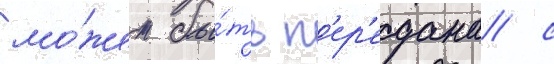
мо́жет бы́ть п'ер'едана с